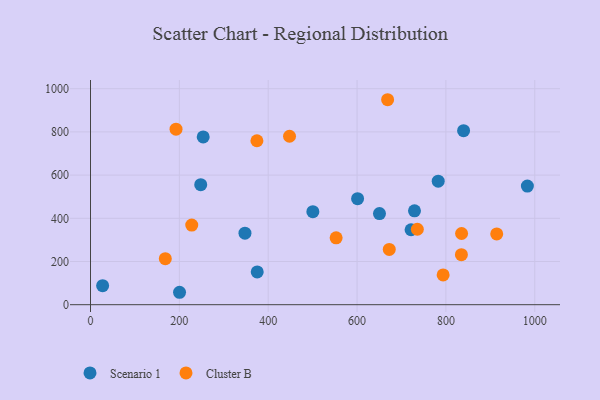
{"axis": {"x": "Engine Size", "y": "Yield"}, "legend": ["Cluster B", "Scenario 1"], "data": [{"x": "983.4", "y": 549.1, "type": "Scenario 1"}, {"x": "839.8", "y": 805.5, "type": "Scenario 1"}, {"x": "601.2", "y": 490.7, "type": "Scenario 1"}, {"x": "248.1", "y": 555.5, "type": "Scenario 1"}, {"x": "200.4", "y": 57.5, "type": "Scenario 1"}, {"x": "27.3", "y": 88.1, "type": "Scenario 1"}, {"x": "650.5", "y": 421.8, "type": "Scenario 1"}, {"x": "729.3", "y": 434.5, "type": "Scenario 1"}, {"x": "721.6", "y": 346.9, "type": "Scenario 1"}, {"x": "253.7", "y": 776.9, "type": "Scenario 1"}, {"x": "782.7", "y": 571.8, "type": "Scenario 1"}, {"x": "375.3", "y": 151.5, "type": "Scenario 1"}, {"x": "347.7", "y": 331.0, "type": "Scenario 1"}, {"x": "500.5", "y": 430.5, "type": "Scenario 1"}, {"x": "834.9", "y": 231.8, "type": "Cluster B"}, {"x": "793.8", "y": 137.6, "type": "Cluster B"}, {"x": "552.9", "y": 309.8, "type": "Cluster B"}, {"x": "835.3", "y": 329.6, "type": "Cluster B"}, {"x": "227.9", "y": 368.6, "type": "Cluster B"}, {"x": "374.6", "y": 759.1, "type": "Cluster B"}, {"x": "668.8", "y": 949.0, "type": "Cluster B"}, {"x": "735.7", "y": 349.4, "type": "Cluster B"}, {"x": "672.5", "y": 256.1, "type": "Cluster B"}, {"x": "448.0", "y": 780.0, "type": "Cluster B"}, {"x": "192.5", "y": 812.8, "type": "Cluster B"}, {"x": "168.4", "y": 213.0, "type": "Cluster B"}, {"x": "914.4", "y": 327.6, "type": "Cluster B"}]}